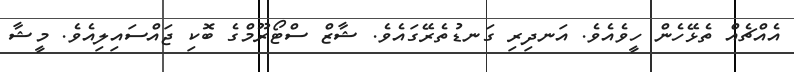
އެއްޗެއް ތެޅޭހެން ހީވެއެވެ. އަނދިރި ގަނޑުތެރޭގައެވެ. ޝާޒް ސްޓޯރޫމްގެ ބޮކި ޖައްސައިލިއެވެ. މީޝާ